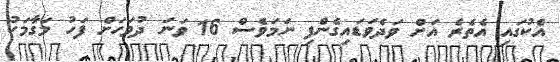
އެކުގައި އެތެރެ އަށް ވަދެވަޑައިގެންފި ނަމަވެސް 16 ވަނަ ދުވަހަށް ފަހު މަގާމަކު